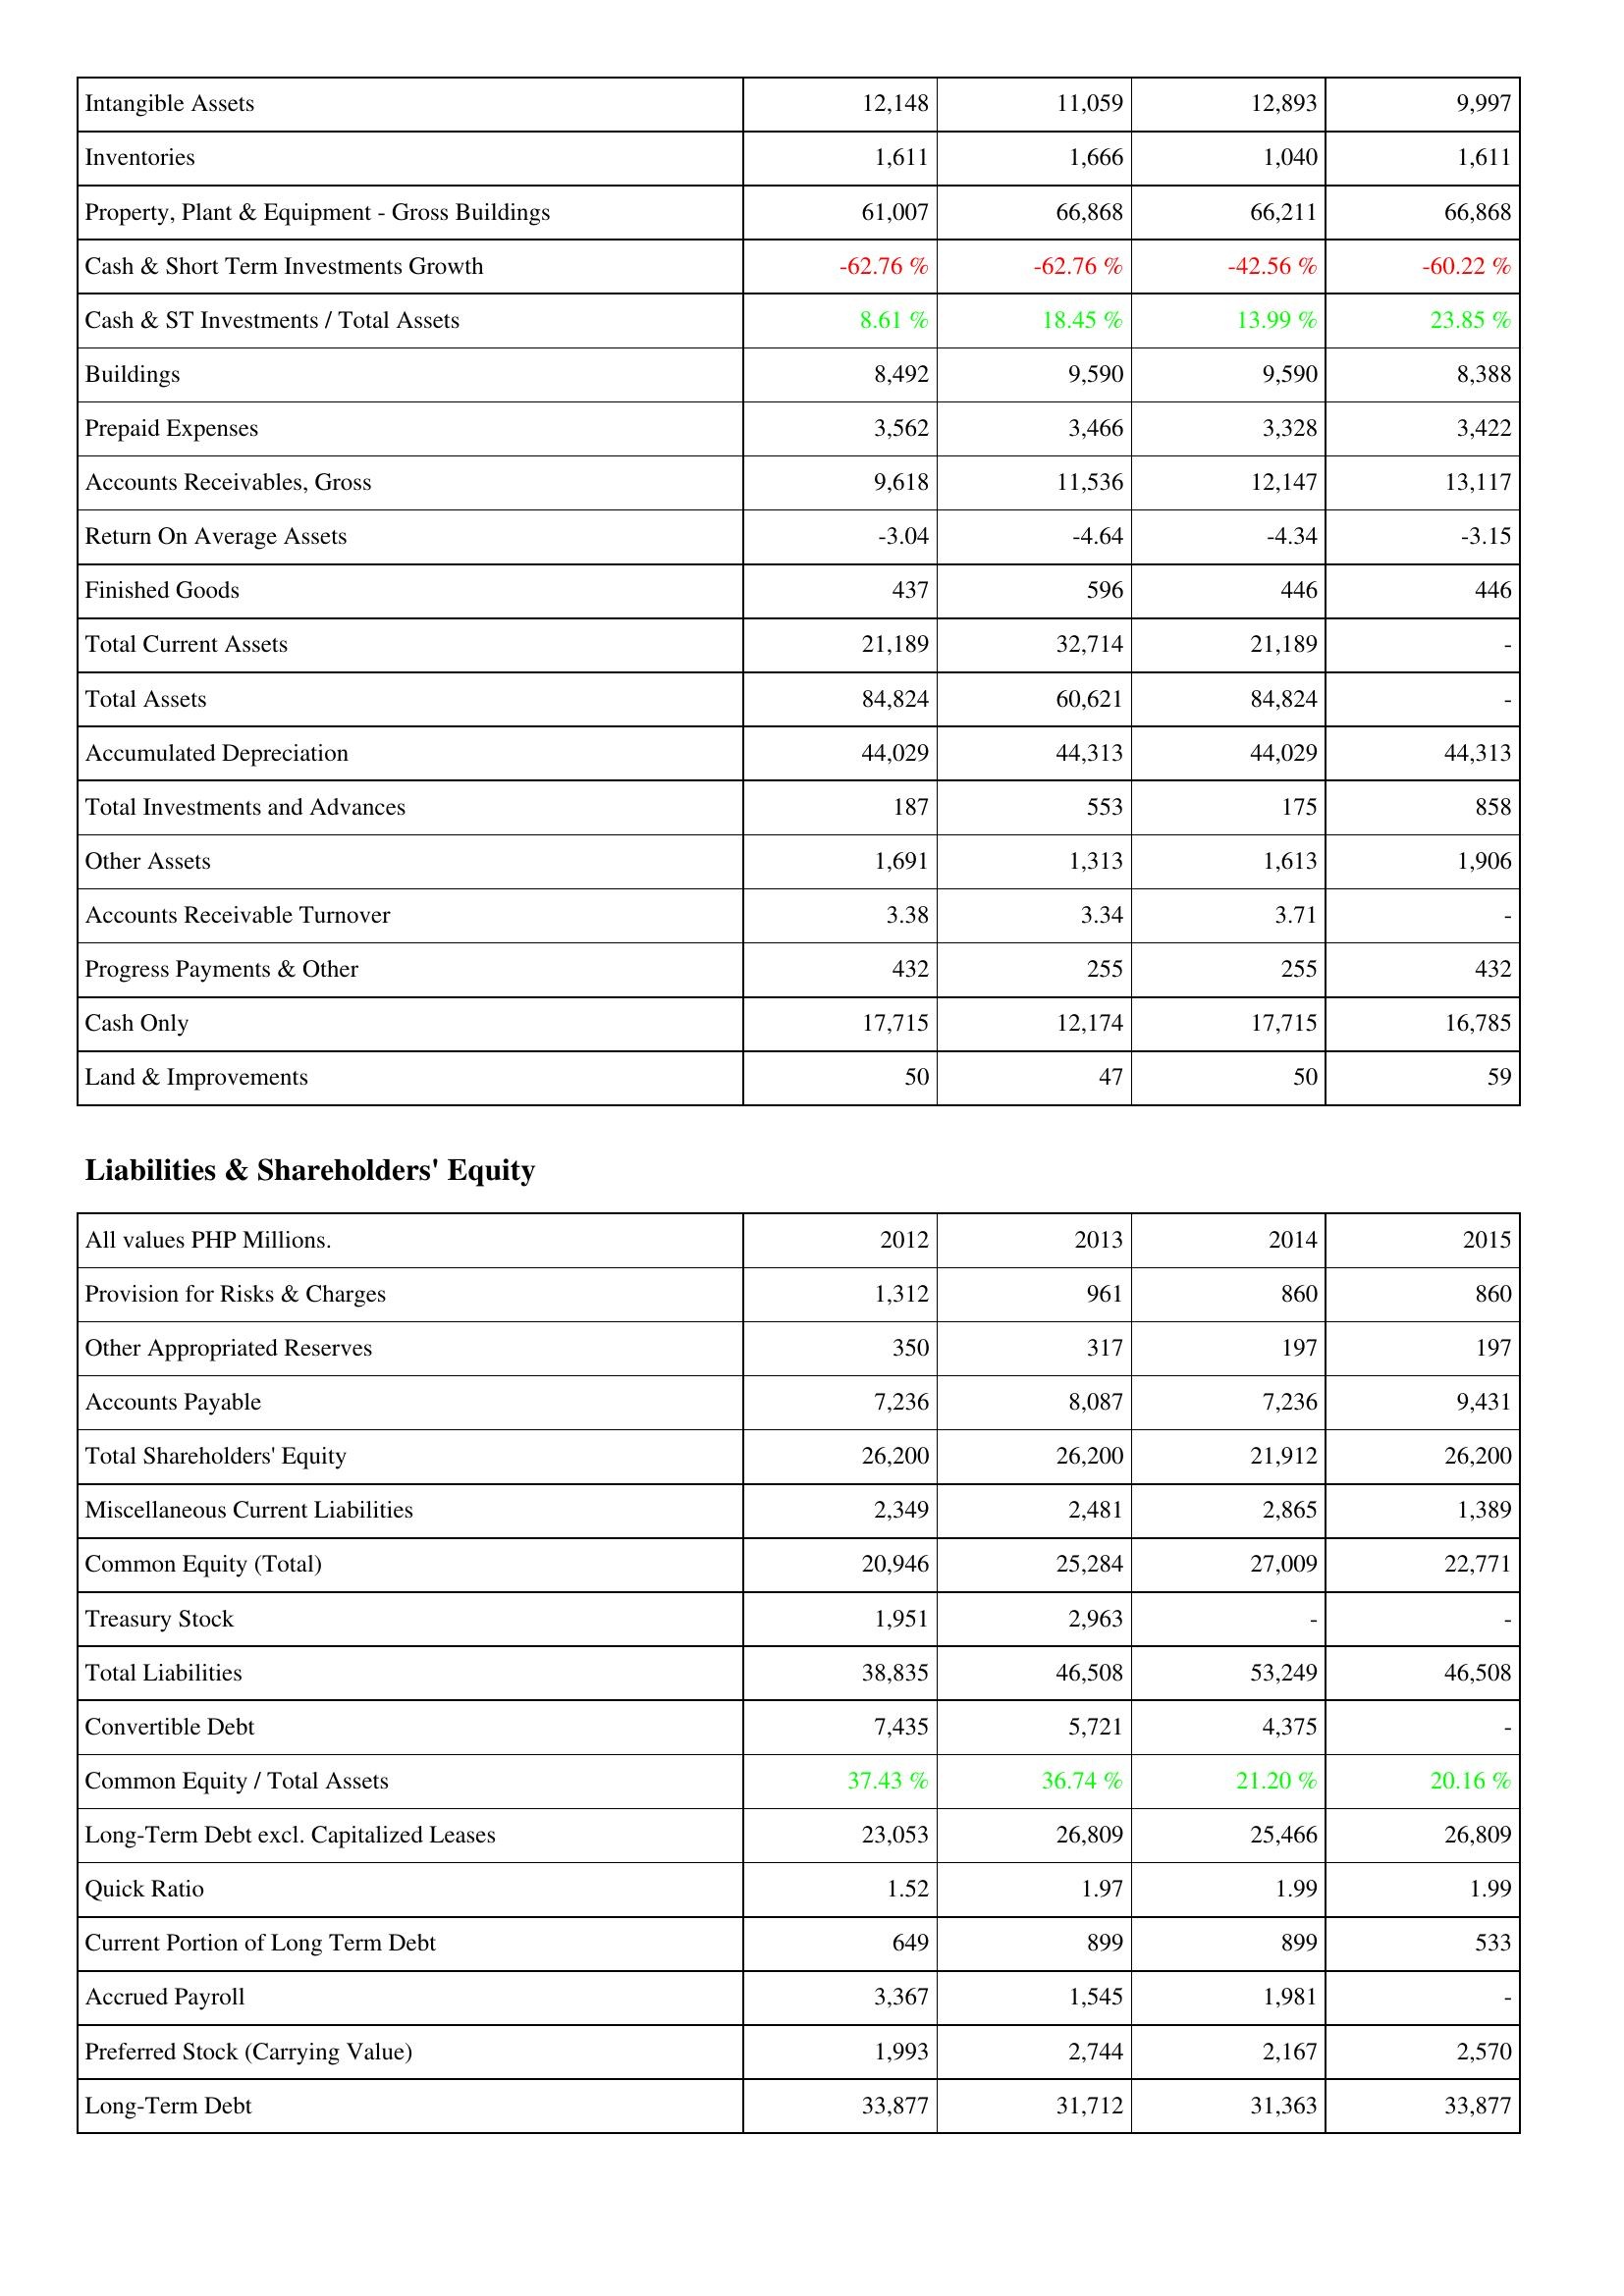
2012: Assets: Intangible Assets: 12,148
Inventories: 1,611
Property, Plant & Equipment - Gross Buildings: 61,007
Cash & Short Term Investments Growth: -62.76 %
Cash & ST Investments / Total Assets: 8.61 %
Buildings: 8,492
Prepaid Expenses: 3,562
Accounts Receivables, Gross: 9,618
Return On Average Assets: -3.04
Finished Goods: 437
Total Current Assets: 21,189
Total Assets: 84,824
Accumulated Depreciation: 44,029
Total Investments and Advances: 187
Other Assets: 1,691
Accounts Receivable Turnover: 3.38
Progress Payments & Other: 432
Cash Only: 17,715
Land & Improvements: 50
Liabilities & Shareholders' Equity: Provision for Risks & Charges: 1,312
Other Appropriated Reserves: 350
Accounts Payable: 7,236
Total Shareholders' Equity: 26,200
Miscellaneous Current Liabilities: 2,349
Common Equity (Total): 20,946
Treasury Stock: 1,951
Total Liabilities: 38,835
Convertible Debt: 7,435
Common Equity / Total Assets: 37.43 %
Long-Term Debt excl. Capitalized Leases: 23,053
Quick Ratio: 1.52
Current Portion of Long Term Debt: 649
Accrued Payroll: 3,367
Preferred Stock (Carrying Value): 1,993
Long-Term Debt: 33,877
2013: Assets: Intangible Assets: 11,059
Inventories: 1,666
Property, Plant & Equipment - Gross Buildings: 66,868
Cash & Short Term Investments Growth: -62.76 %
Cash & ST Investments / Total Assets: 18.45 %
Buildings: 9,590
Prepaid Expenses: 3,466
Accounts Receivables, Gross: 11,536
Return On Average Assets: -4.64
Finished Goods: 596
Total Current Assets: 32,714
Total Assets: 60,621
Accumulated Depreciation: 44,313
Total Investments and Advances: 553
Other Assets: 1,313
Accounts Receivable Turnover: 3.34
Progress Payments & Other: 255
Cash Only: 12,174
Land & Improvements: 47
Liabilities & Shareholders' Equity: Provision for Risks & Charges: 961
Other Appropriated Reserves: 317
Accounts Payable: 8,087
Total Shareholders' Equity: 26,200
Miscellaneous Current Liabilities: 2,481
Common Equity (Total): 25,284
Treasury Stock: 2,963
Total Liabilities: 46,508
Convertible Debt: 5,721
Common Equity / Total Assets: 36.74 %
Long-Term Debt excl. Capitalized Leases: 26,809
Quick Ratio: 1.97
Current Portion of Long Term Debt: 899
Accrued Payroll: 1,545
Preferred Stock (Carrying Value): 2,744
Long-Term Debt: 31,712
2014: Assets: Intangible Assets: 12,893
Inventories: 1,040
Property, Plant & Equipment - Gross Buildings: 66,211
Cash & Short Term Investments Growth: -42.56 %
Cash & ST Investments / Total Assets: 13.99 %
Buildings: 9,590
Prepaid Expenses: 3,328
Accounts Receivables, Gross: 12,147
Return On Average Assets: -4.34
Finished Goods: 446
Total Current Assets: 21,189
Total Assets: 84,824
Accumulated Depreciation: 44,029
Total Investments and Advances: 175
Other Assets: 1,613
Accounts Receivable Turnover: 3.71
Progress Payments & Other: 255
Cash Only: 17,715
Land & Improvements: 50
Liabilities & Shareholders' Equity: Provision for Risks & Charges: 860
Other Appropriated Reserves: 197
Accounts Payable: 7,236
Total Shareholders' Equity: 21,912
Miscellaneous Current Liabilities: 2,865
Common Equity (Total): 27,009
Treasury Stock: -
Total Liabilities: 53,249
Convertible Debt: 4,375
Common Equity / Total Assets: 21.20 %
Long-Term Debt excl. Capitalized Leases: 25,466
Quick Ratio: 1.99
Current Portion of Long Term Debt: 899
Accrued Payroll: 1,981
Preferred Stock (Carrying Value): 2,167
Long-Term Debt: 31,363
2015: Assets: Intangible Assets: 9,997
Inventories: 1,611
Property, Plant & Equipment - Gross Buildings: 66,868
Cash & Short Term Investments Growth: -60.22 %
Cash & ST Investments / Total Assets: 23.85 %
Buildings: 8,388
Prepaid Expenses: 3,422
Accounts Receivables, Gross: 13,117
Return On Average Assets: -3.15
Finished Goods: 446
Total Current Assets: -
Total Assets: -
Accumulated Depreciation: 44,313
Total Investments and Advances: 858
Other Assets: 1,906
Accounts Receivable Turnover: -
Progress Payments & Other: 432
Cash Only: 16,785
Land & Improvements: 59
Liabilities & Shareholders' Equity: Provision for Risks & Charges: 860
Other Appropriated Reserves: 197
Accounts Payable: 9,431
Total Shareholders' Equity: 26,200
Miscellaneous Current Liabilities: 1,389
Common Equity (Total): 22,771
Treasury Stock: -
Total Liabilities: 46,508
Convertible Debt: -
Common Equity / Total Assets: 20.16 %
Long-Term Debt excl. Capitalized Leases: 26,809
Quick Ratio: 1.99
Current Portion of Long Term Debt: 533
Accrued Payroll: -
Preferred Stock (Carrying Value): 2,570
Long-Term Debt: 33,877